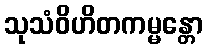
သုသံဝိဟိတကမ္မန္တော